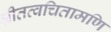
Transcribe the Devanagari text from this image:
श्रीतत्वचितामणि